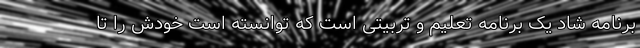
برنامه شاد یک برنامه تعلیم و تربیتی است که توانسته است خودش را تا